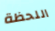
اللحظة